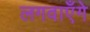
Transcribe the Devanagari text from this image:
लगवाएँगे